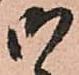
御